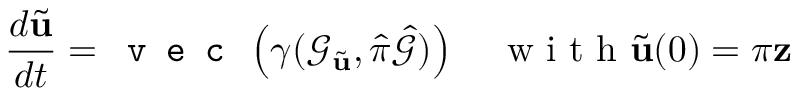
\frac { d \tilde { \mathbf { u } } } { d t } = \texttt { v e c } \left( \gamma ( \mathcal { G } _ { \tilde { \mathbf { u } } } , \hat { \pi } \hat { \mathcal { G } } ) \right) \quad \mathrm { ~ w ~ i ~ t ~ h ~ } \tilde { \mathbf { u } } ( 0 ) = \pi \mathbf { z }